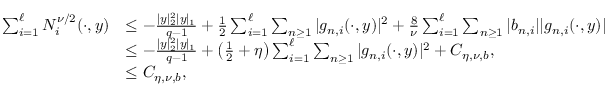
\begin{array} { r l } { \sum _ { i = 1 } ^ { \ell } N _ { i } ^ { \nu / 2 } ( \cdot , y ) } & { \leq - \frac { | y | _ { 2 } ^ { 2 } | y | _ { 1 } } { q - 1 } + \frac 1 2 \sum _ { i = 1 } ^ { \ell } \sum _ { n \geq 1 } | g _ { n , i } ( \cdot , y ) | ^ { 2 } + \frac { 8 } { \nu } \sum _ { i = 1 } ^ { \ell } \sum _ { n \geq 1 } | b _ { n , i } | | g _ { n , i } ( \cdot , y ) | } \\ & { \leq - \frac { | y | _ { 2 } ^ { 2 } | y | _ { 1 } } { q - 1 } + \big ( \frac 1 2 + \eta \big ) \sum _ { i = 1 } ^ { \ell } \sum _ { n \geq 1 } | g _ { n , i } ( \cdot , y ) | ^ { 2 } + C _ { \eta , \nu , b } , } \\ & { \leq C _ { \eta , \nu , b } , } \end{array}